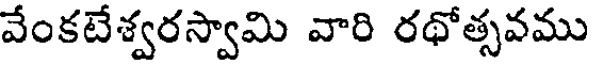
వేంకటేశ్వరస్వామి వారి రథోత్సవము